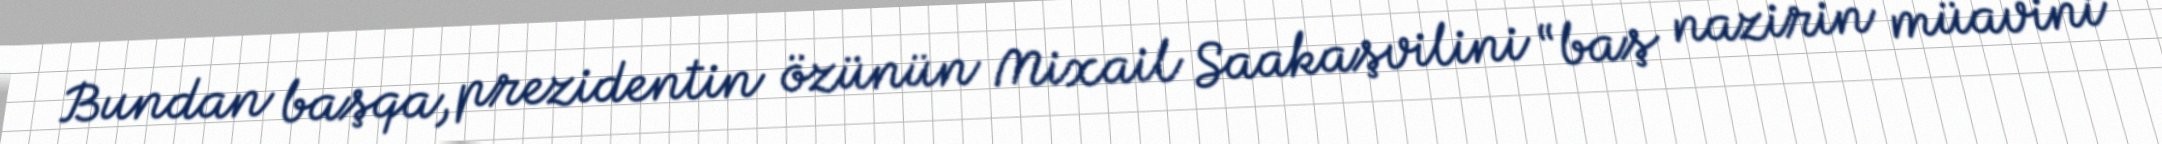
Bundan başqa, prezidentin özünün Mixail Saakaşvilini “baş nazirin müavini